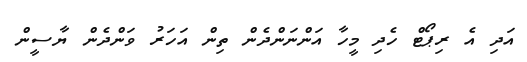
އަދި އެ ރިޕޯޓް ހެދި މީހާ އަންނަންދެން ތިން އަހަރު ވަންދެން ޔާސީން